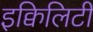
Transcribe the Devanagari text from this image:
इक्विलिटी